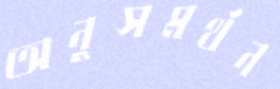
অনুসমর্থন